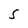
Character: S